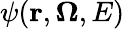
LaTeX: \psi(\mathbf{r},\mathbf{\Omega},E)